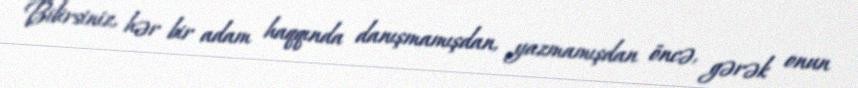
Bilirsiniz, hər bir adam haqqında danışmamışdan, yazmamışdan öncə, gərək onun